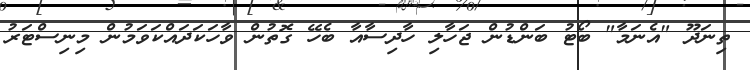
ތިނަދޫ "އެނަމާ" ބޯޓު ބަންޑުން ޖަހާލި ހާދިސާއާ ބެހޭ ގޮތުން ވާހަކަދައްކަވަމުން މިނިސްޓަރު